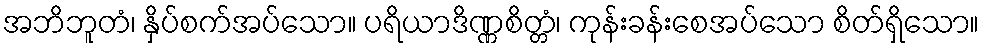
အဘိဘူတံ၊ နှိပ်စက်အပ်သော။ ပရိယာဒိဏ္ဏစိတ္တံ၊ ကုန်းခန်းစေအပ်သော စိတ်ရှိသော။